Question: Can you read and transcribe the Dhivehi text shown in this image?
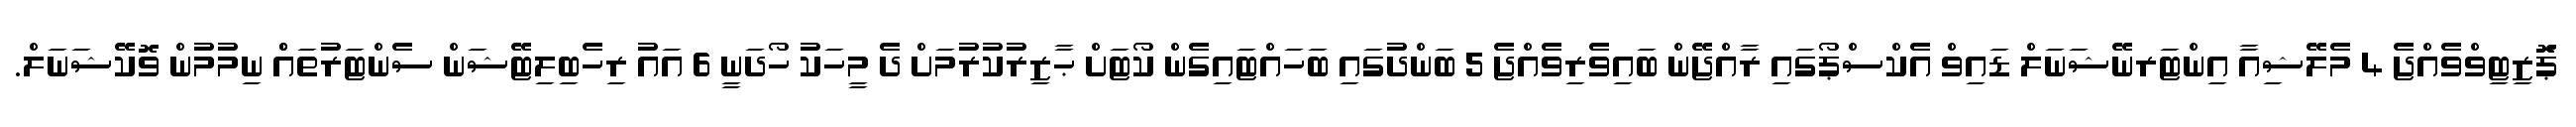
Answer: ޕަޮޒިޓިވްވެއްޖެ 4 މެލޭޝިއާ އިންޓަރނޭޝަނަލް ޑައިވް އެކްސްޕޯގައި ރާއްޖޭން ބައިވެރިވެއްޖެ 5 ބަންދުގައި ބަހައްޓައިގެން ކޯޓަށް ޙާޒިރުކުރުމަށް ދެ މީހަކު ހޯދަނީ 6 އައު ރިހެބިލިޓޭޝަން ސެންޓަރުތައްް ނިމުމުން ވޮކޭޝަނަލް.